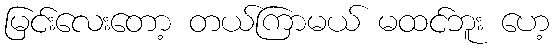
မြင်းလေးတော့ တယ်ကြာမယ် မထင်ဘူး ဟေ့